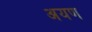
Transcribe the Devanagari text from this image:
अयण